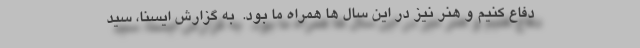
دفاع کنیم و هنر نیز در این سال ها همراه ما بود.  به گزارش ایسنا، سید